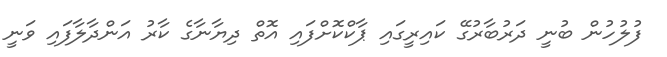
ފުލުހުން ބުނީ ދަރުބާރުގޭ ކައިރީގައި ޕާކްކޮށްފައި އޮތް ދިޔާނާގެ ކާރު އަންދާލާފައި ވަނީ